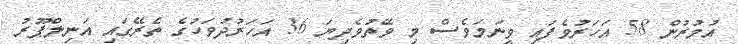
އުމުރުން 58 އަަހަރުވެފައި ވީނަމަވެސް މި ވޭތުވެދިޔަ 36 އަހަރުދުވަހުގެ ތެރޭގައި އަނިލްޕޫރު